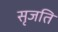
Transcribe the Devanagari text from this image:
सृजति